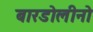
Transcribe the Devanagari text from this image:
बारडोलीनो